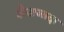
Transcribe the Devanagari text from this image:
शैखजादा